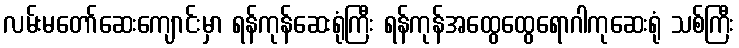
လမ်းမတော်ဆေးကျောင်းမှာ ရန်ကုန်ဆေးရုံကြီး ရန်ကုန်အထွေထွေရောဂါကုဆေးရုံ သစ်ကြီး